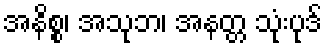
အနိစ္စ၊ အသုဘ၊ အနတ္တ သုံးပုဒ်